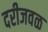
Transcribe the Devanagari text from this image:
दरीजवळ